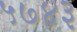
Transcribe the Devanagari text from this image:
५७४३